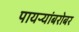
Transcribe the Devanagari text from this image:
पायऱ्यांबरोबर